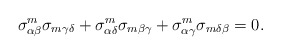
\begin{align*}\sigma^m_{\alpha\beta}\sigma_{m\gamma\delta}+\sigma^m_{\alpha\delta}\sigma_{m\beta\gamma}+\sigma^m_{\alpha\gamma}\sigma_{m\delta\beta}=0.\end{align*}